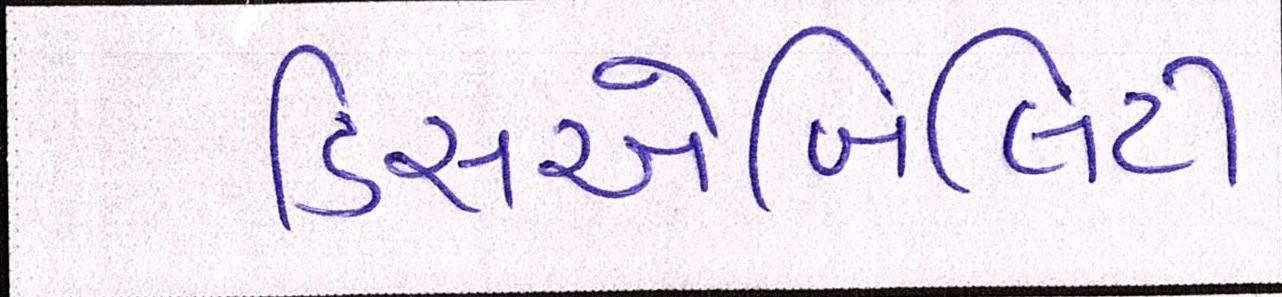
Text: ડિસએબિલિટી